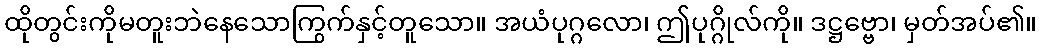
ထိုတွင်းကိုမတူးဘဲနေသောကြွက်နှင့်တူသော။ အယံပုဂ္ဂလော၊ ဤပုဂ္ဂိုလ်ကို။ ဒဋ္ဌဗ္ဗော၊ မှတ်အပ်၏။